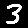
Digit: 3